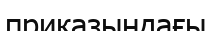
приказындағы